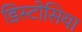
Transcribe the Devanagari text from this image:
डिस्टोसिया